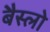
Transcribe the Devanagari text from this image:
बैस्लो